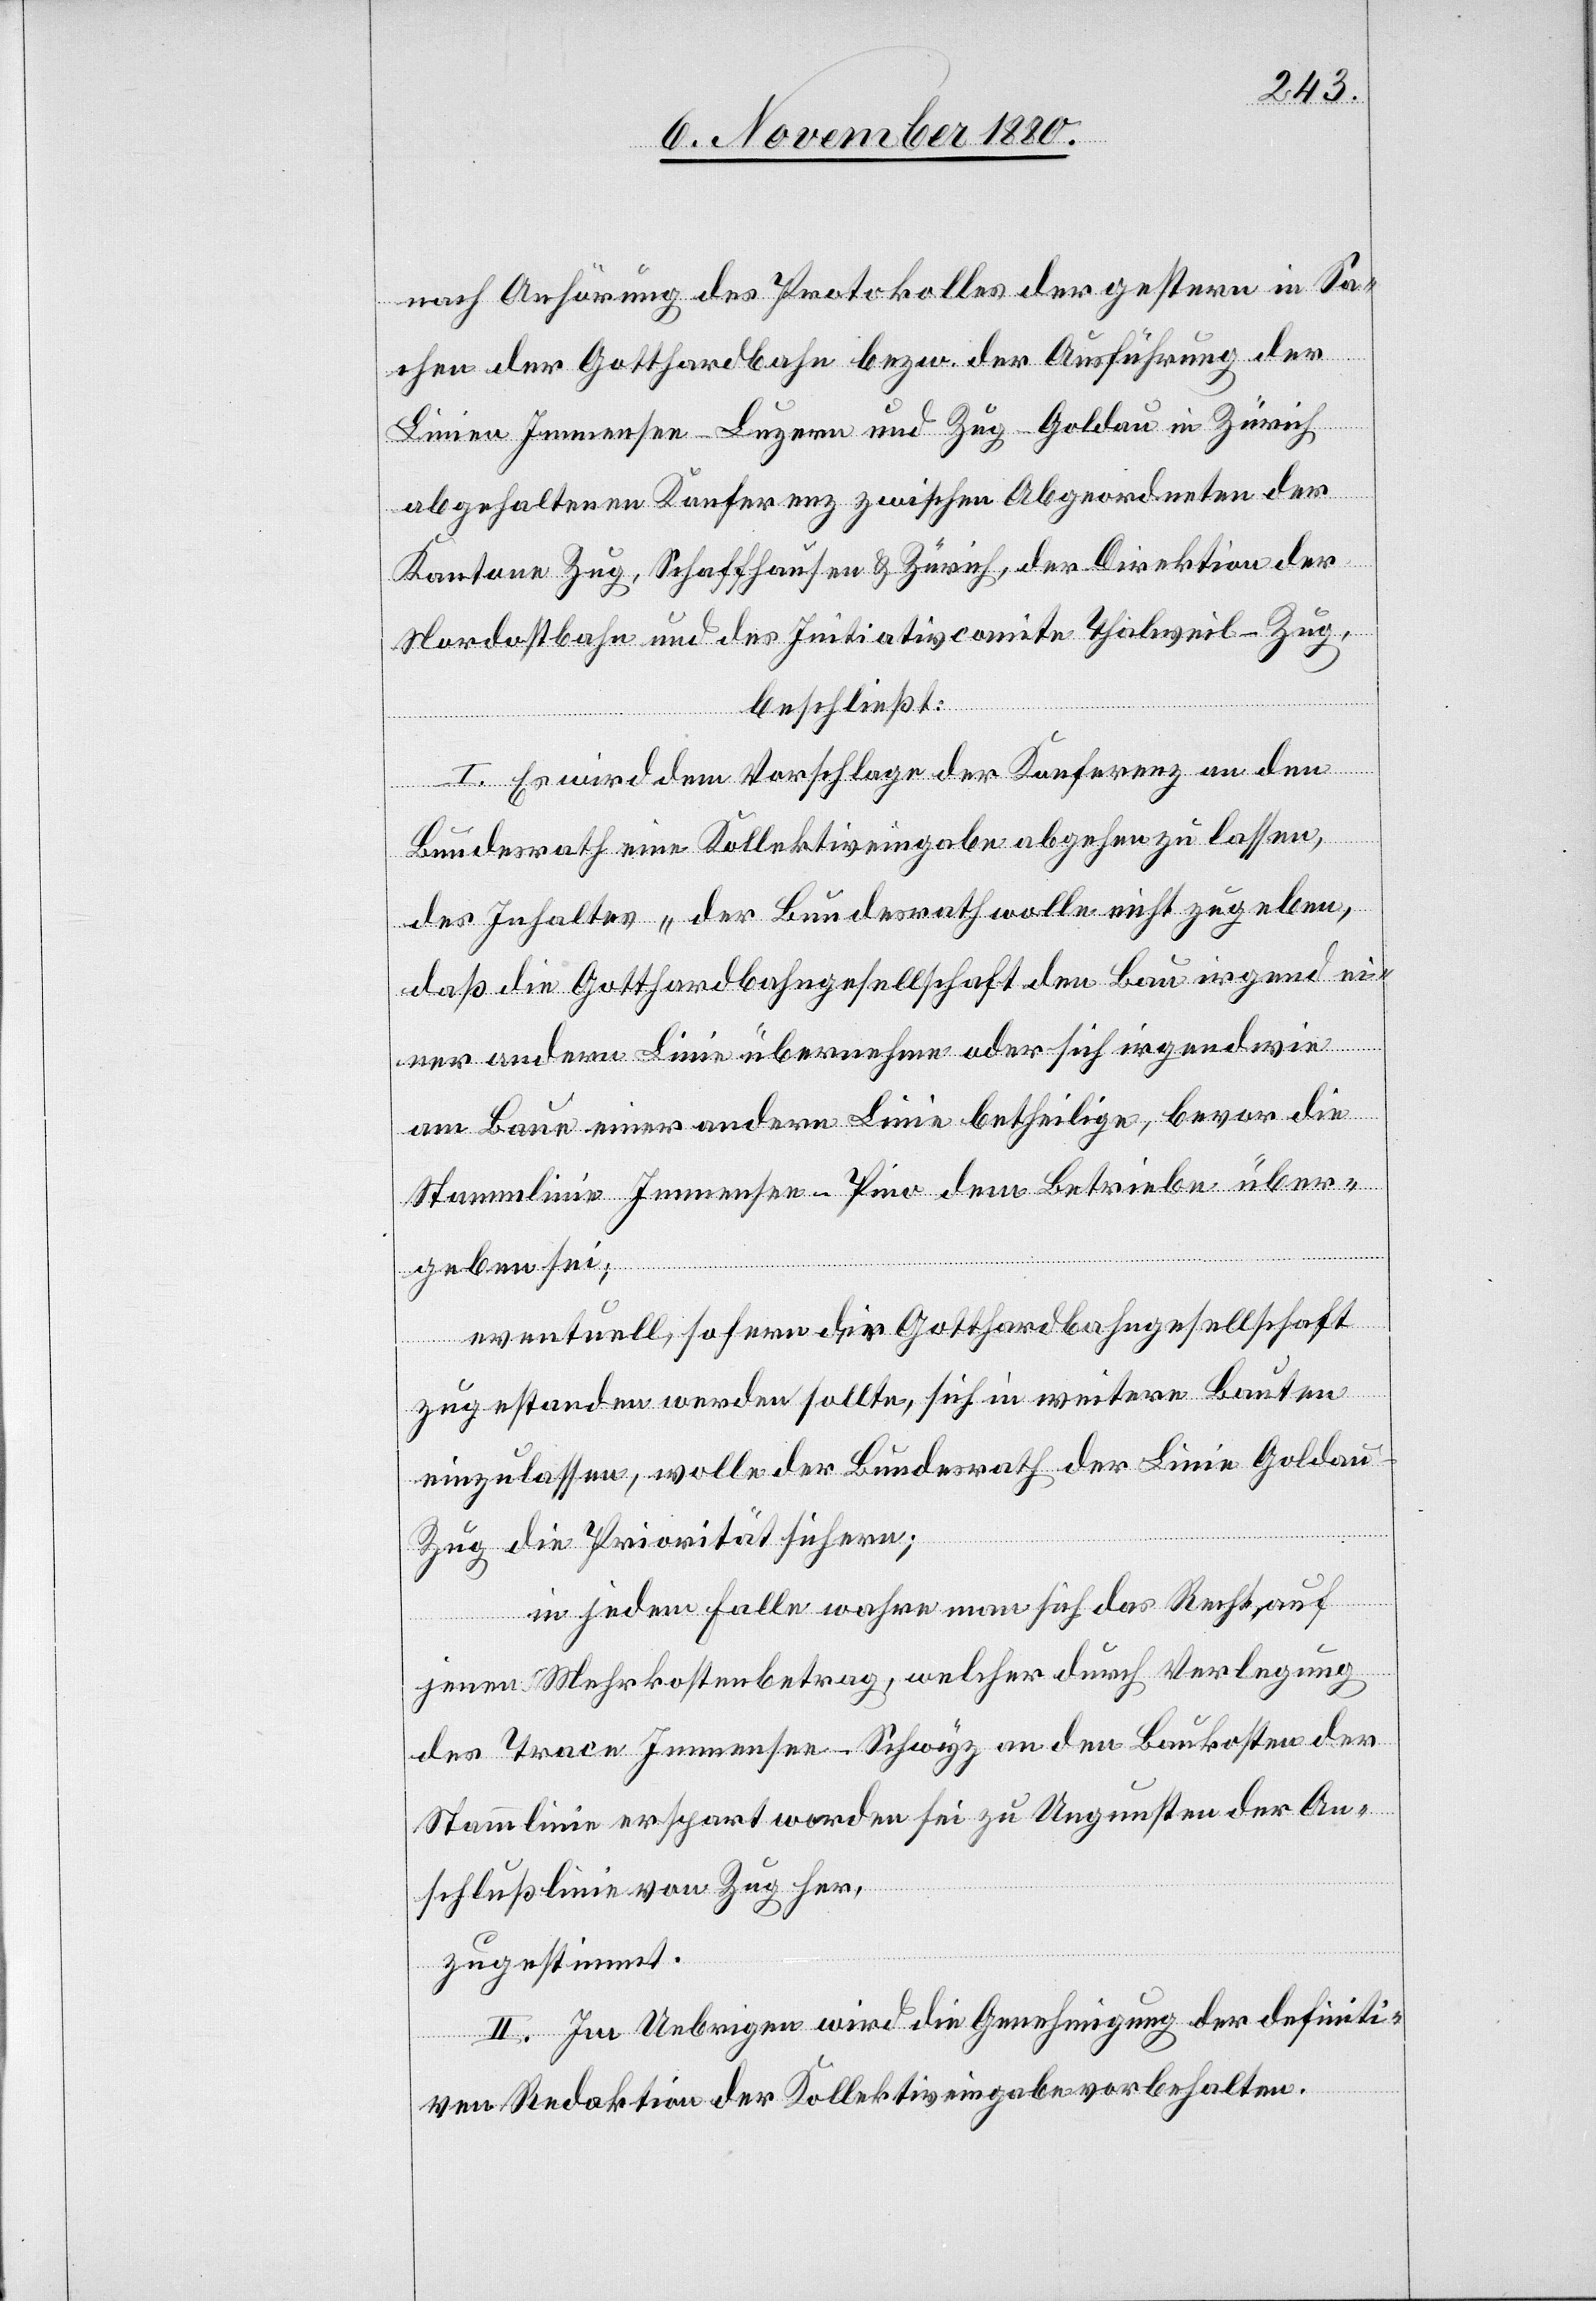
nach Anhörung des Protokolles der gestern in Sa¬
chen der Gotthardbahn bezw. der Ausführung der
Linien Immensee–Luzern und Zug–Goldau in Zürich
abgehaltenen Konferenz zwischen Abgeordneten der
Kantone Zug, Schaffhausen & Zürich, der Direktion der
Nordostbahn und des Initiativcomite Thalweil–Zug,
beschließt:
I. Es wird dem Vorschlage der Konferenz an den
Bundesrath eine Kollektiveingabe abgehen zu lassen,
des Inhaltes „der Bundesrath wolle nicht zugeben,
daß die Gotthardbahngesellschaft den Bau irgend ei¬
ner andern Linie übernehmen oder sich irgendwie
am Baue einer andern Linie betheilige, bevor die
Stammlinie Immensee–Pino dem Betriebe über¬
geben sei;
eventuell, sofern der Gotthardbahngesellschaft
zugestanden werden sollte, sich in weitere Bauten
einzulassen, wolle der Bundesrath der Linie Golda¬
u–Zug die Priorität sichern;
in jedem Falle wahre man sich das Recht auf
jenen Mehrkostenbetrag, welcher durch Verlegung
des Trace Immensee–Schwyz an den Baukosten der
Stammlinie erspart worden sei zu Ungunsten der An¬
schlußlinie von Zug her,
zugestimmt.
II. Im Uebrigen wird die Genehmigung der definiti¬
ven Redaktion der Kollektiveingabe vorbehalten.